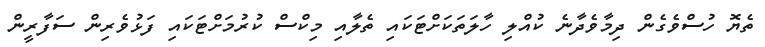
ތެޔޮ ހުސްވެގެން ދިމާވެދާނެ ކުއްލި ހާލަތަކަށްޓަކައި ތެލާއި މިކްސް ކުރުމަށްޓަކައި ފަޅުވެރިން ސަފާރީން